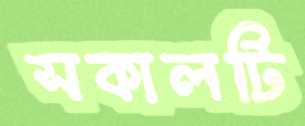
সকালটি